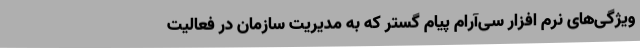
ویژگی‌های نرم افزار سی‌آر‌ام پیام گستر که به مدیریت سازمان در فعالیت